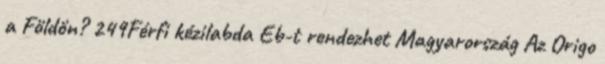
a Földön? 249Férfi kézilabda Eb-t rendezhet Magyarország Az Origo